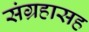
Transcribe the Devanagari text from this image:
संग्रहासह